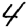
Digit: 4